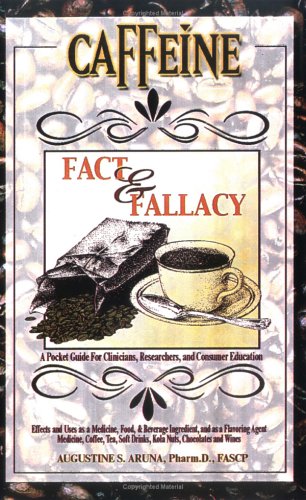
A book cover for Caffeine Fact & Fallacy: Effects and Uses as a Medicine, Food and Beverage Ingredient and as a Flavoring Agent. A Pocket Guide for Clinicians, Researchers and Consumer Education.; Augustine S. Aruna; Health, Fitness & Dieting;